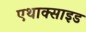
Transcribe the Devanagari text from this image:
एथाक्साइड